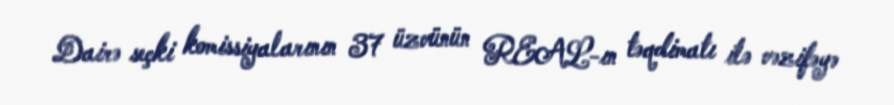
Dairə seçki komissiyalarının 37 üzvünün REAL-ın təqdimatı ilə vəzifəyə